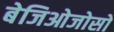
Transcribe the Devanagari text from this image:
बेजिओजोसो